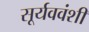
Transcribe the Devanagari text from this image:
सूर्यववंशी